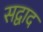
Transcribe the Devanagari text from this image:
सद्वाद